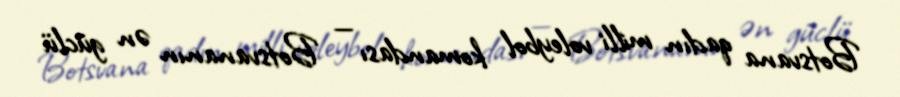
Botsvana qadın milli voleybol komandası — Botsvananın ən güclü